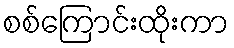
စစ်ကြောင်းထိုးကာ